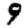
Digit: 9